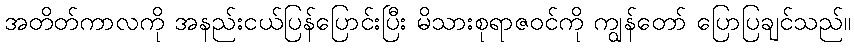
အတိတ်ကာလကို အနည်းငယ်ပြန်ပြောင်းပြီး မိသားစုရာဇဝင်ကို ကျွန်တော် ပြောပြချင်သည်။